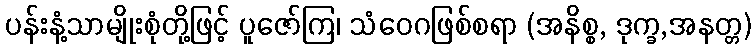
ပန်းနံ့သာမျိုးစုံတို့ဖြင့် ပူဇော်ကြ၊ သံဝေဂဖြစ်စရာ (အနိစ္စ, ဒုက္ခ,အနတ္တ)